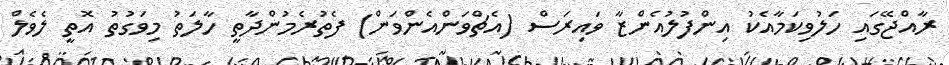
ރާއްޖޭގައި ހަލުވިކަމާއެކު އިންފުލުއެންޒާ ވައިރަސް (އެޗްވަންއެންވަން) ފެތުރެމުންދާތީ ހާލަތު މިވަގުތު އޮތީ ލެވެލް